Indian journal of veterinary science and animal husbandry - Volumes 24-25, 1954-1955
Year: 1954
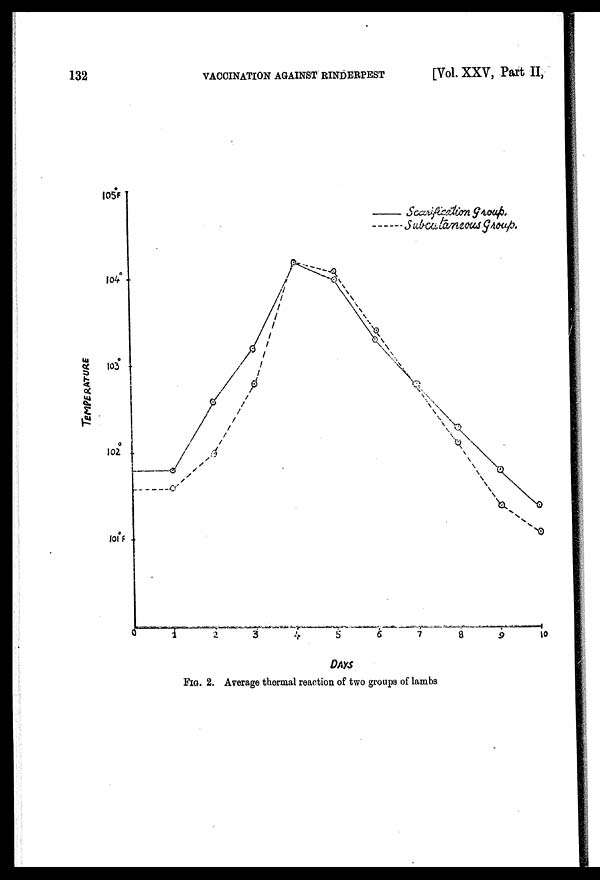
132
VACCINATION
AGAINST
RINDERPEST
[Vol. XXV, Part II,
FIG. 2. Average thermal reaction of two groups of lambs